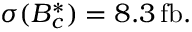
\sigma ( B _ { c } ^ { * } ) = 8 . 3 \, \mathrm { f b } .